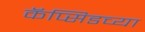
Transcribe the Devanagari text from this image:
कॅप्सिडच्या